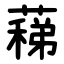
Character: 蕛